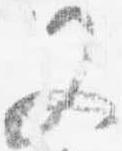
又